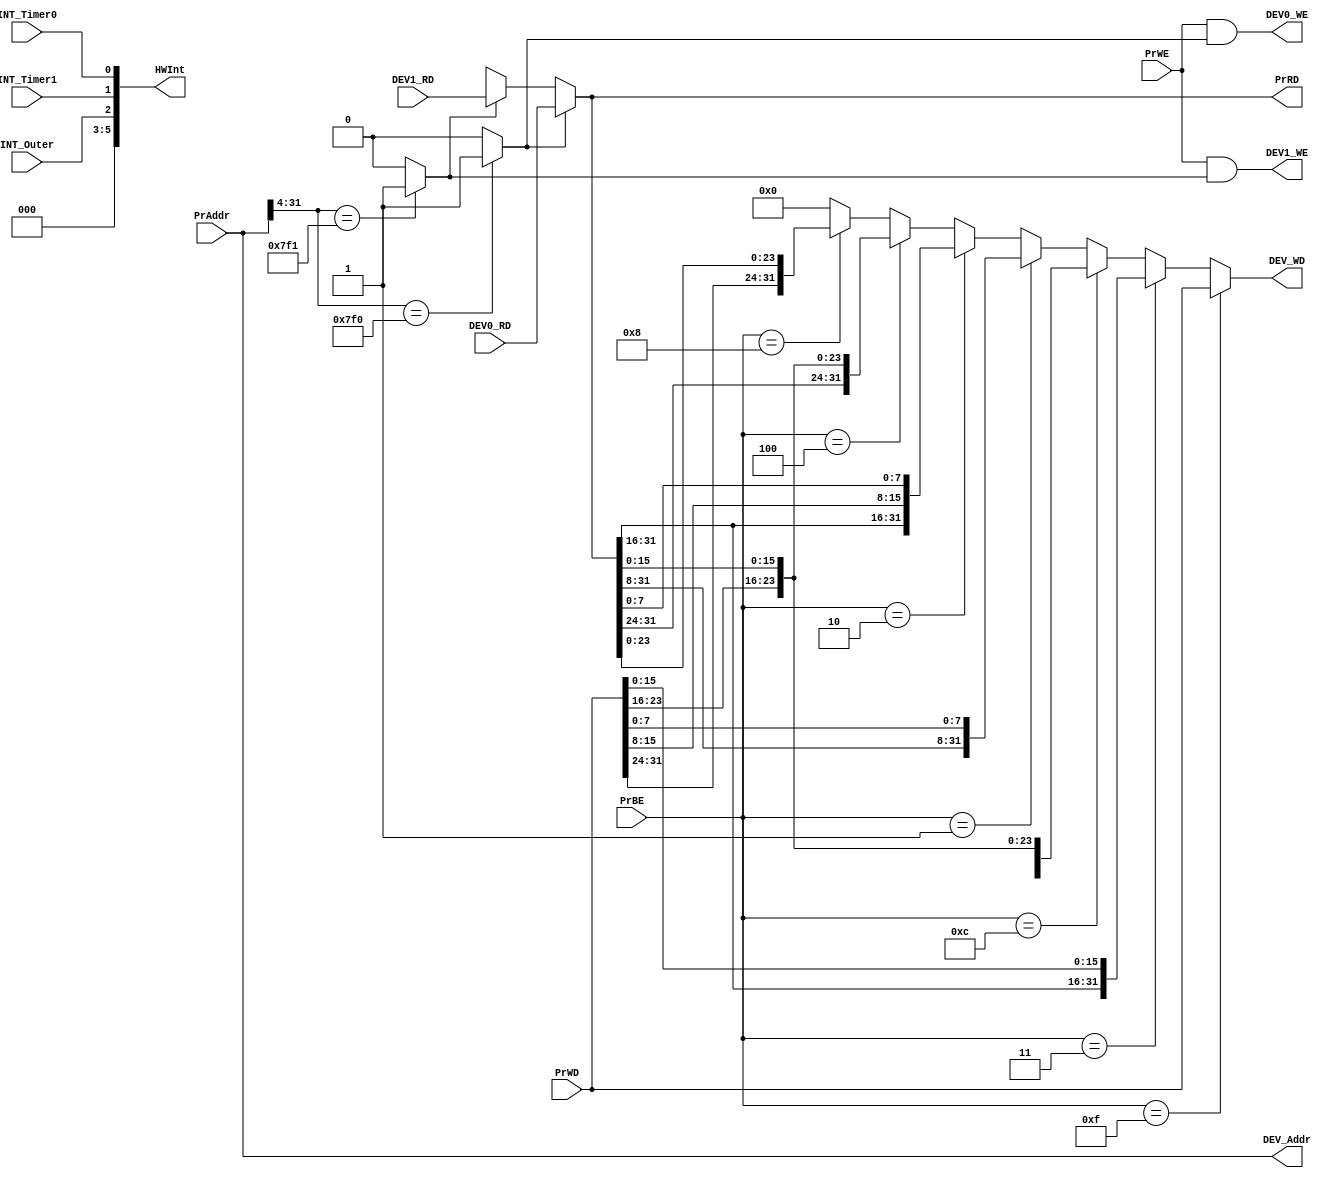
module bridge(
    input [31:0] PrAddr,
    input [31:0] PrWD,
    input [3:0] PrBE,
    input PrWE,
    input INT_Timer0, INT_Timer1, INT_Outer,
    input [31:0] DEV0_RD, DEV1_RD,
    output [31:0] PrRD,
    output [31:0] DEV_Addr,
    output [31:0] DEV_WD,
    output [7:2] HWInt,
    output DEV0_WE, DEV1_WE
);

    wire CS_Timer0, CS_Timer1;

    assign CS_Timer0 = (PrAddr[31:4] == 28'h0000_7f0) ? 1'b1 : 1'b0;
    assign CS_Timer1 = (PrAddr[31:4] == 28'h0000_7f1) ? 1'b1 : 1'b0;

    assign DEV0_WE = PrWE & CS_Timer0;
    assign DEV1_WE = PrWE & CS_Timer1;

    assign DEV_Addr = PrAddr;
    assign DEV_WD = (PrBE == 4'b1111)   ?   PrWD    :
                    (PrBE == 4'b0011)   ?   {PrRD[31:16], PrWD[15:0]}    :
                    (PrBE == 4'b1100)   ?   {PrWD[31:16], PrRD[15:0]}    :
                    (PrBE == 4'b0001)   ?   {PrRD[31:8], PrWD[7:0]}    :
                    (PrBE == 4'b0010)   ?   {PrRD[31:16], PrWD[15:8], PrRD[7:0]}    :
                    (PrBE == 4'b0100)   ?   {PrRD[31:24], PrWD[23:16], PrRD[15:0]}    :
                    (PrBE == 4'b1000)   ?   {PrWD[31:24], PrRD[23:0]}    :
                                            32'h0000_0000;

    assign PrRD =   (CS_Timer0) ?   DEV0_RD :
                    (CS_Timer1) ?   DEV1_RD :
                                    32'hxxxx_xxxx;
    
    assign HWInt = {3'b000, INT_Outer, INT_Timer1, INT_Timer0};

endmodule // bridge